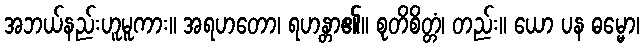
အဘယ်နည်းဟူမူကား။ အရဟတော၊ ရဟန္တာ၏။ စုတိစိတ္တံ၊ တည်း။ ယော ပန ဓမ္မော၊